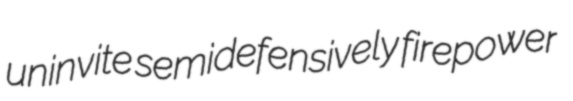
uninvite semidefensively firepower